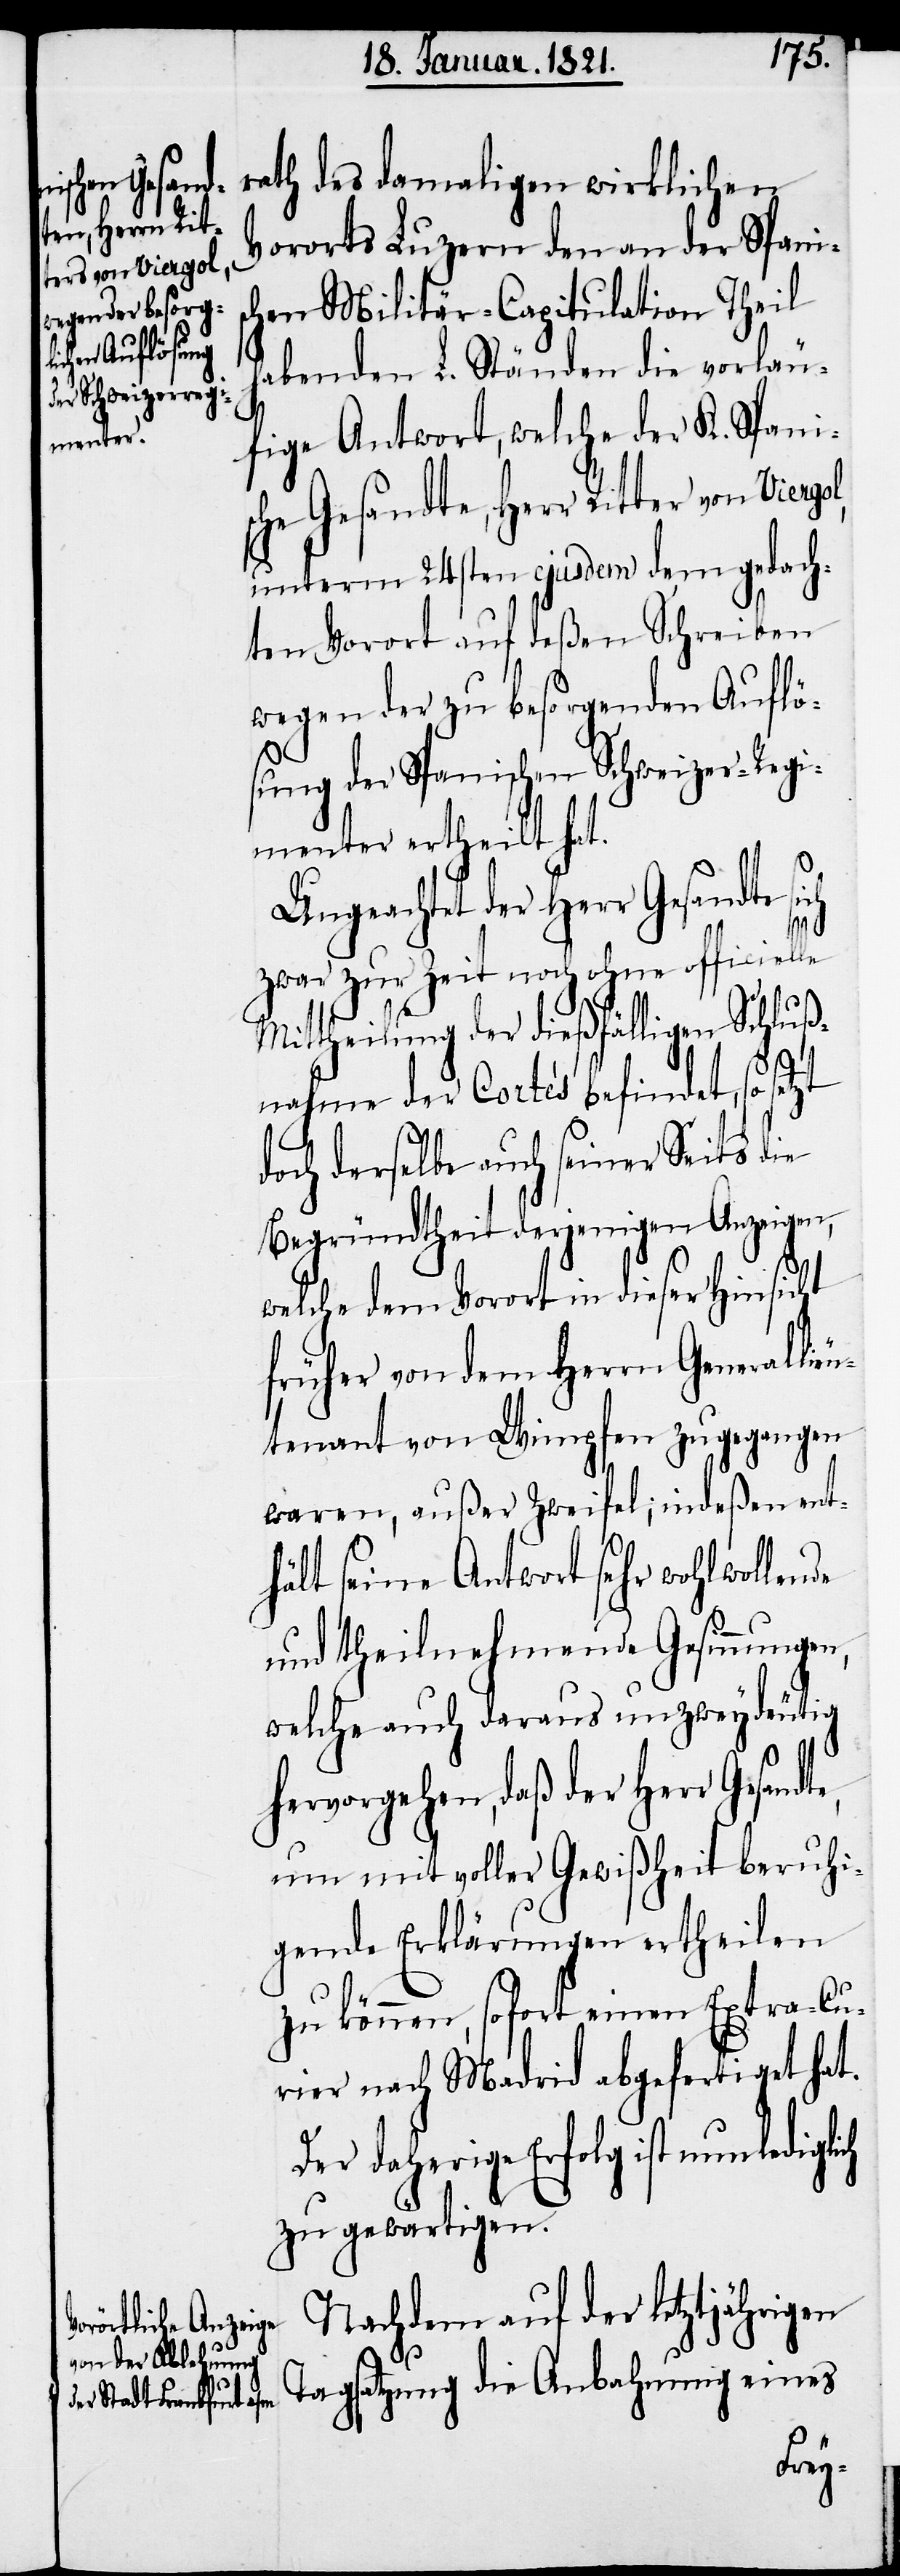
sche Gesand¬
te, Herr Rit¬
ter von Viergol,

rath des damaligen wirklichen
Vororts Luzern den an der Spanis¬
chen Militär-Capitulation Theil
habenden L. Ständen die vorläu¬
fige Antwort, welche der K. Spani¬
unterm 24sten ejusdem dem gedach¬
ten Vorort auf deßen Schreiben
wegen der zu besorgenden Auflö¬
sung der Spanischen Schweizer-Regi¬
menter ertheilt hat.
Ungeachtet der Herr Gesandte
zwar zur Zeit noch ohne officielle
Mittheilung der dießfälligen Schluß¬
nahme der Cortés befindet, so setzt
doch derselbe auch seiner Seits die
Begründtheit derjenigen Anzeigen,
welche dem Vorort in dieser Hinsicht
früher von dem Herrn Generalli¬
eutenant von Wimpfen zugegangen
waren, außer Zweifel; indeßen ent¬
hält seine Antwort sehr wohlwollende
und theilnehmende Gesinnungen,
welche auch daraus unzweideutig
hervorgehen, daß der Herr Gesand¬
um mit voller Gewißheit beruhi¬
gende Erklärungen ertheilen
zu können, sofort einen Extra-Cu¬
rier nach Madrid abgefertigt hat.
Der daherige Erfolg ist nun ledig¬
zu gewärtigen.
Nachdem auf der letztjährigen
Tagsatzung die Anbahnung eines
lich